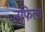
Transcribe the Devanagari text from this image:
नफिल्ड